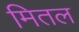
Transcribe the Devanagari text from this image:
मितल